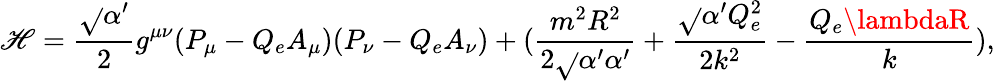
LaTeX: \mathscr{H}=\frac{{\sqrt{}{{\alpha^{\prime}}}}}{{2}}g^{\mu\nu}(P_{\mu}-Q_{e}A_{\mu})(P_{\nu}-Q_{e}A_{\nu})+(\frac{{m^{2}R^{2}}}{{2\sqrt{}{{\alpha^{\prime}}}\alpha^{\prime}}}+\frac{{\sqrt{}{{\alpha^{\prime}}}Q_{e}^{2}}}{{2k^{2}}}-\frac{{Q_{e}\lambdaR}}{{k}}),